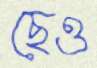
ছেও